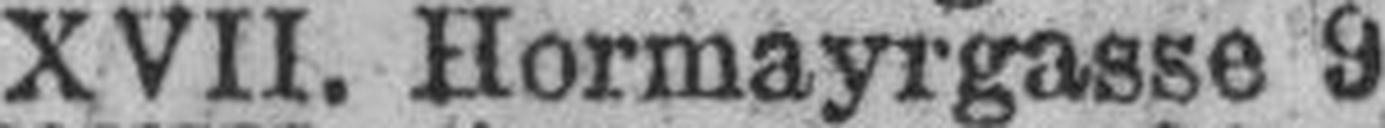
XVII. Hormayrgasse 9